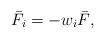
LaTeX: \begin{align*}{\bar F_i} =- {{ w}_i}{\bar F},\end{align*}